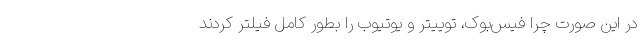
در این صورت چرا فیس‌بوک، توییتر و یوتیوب را بطور کامل فیلتر کردند